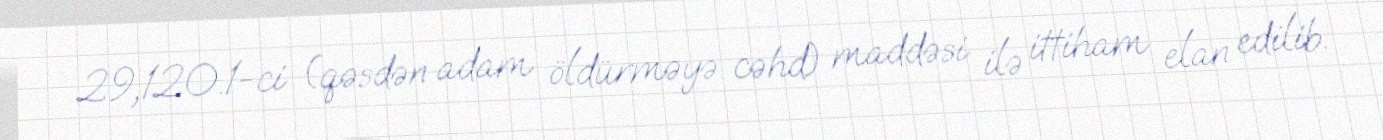
29,120.1-ci (qəsdən adam öldürməyə cəhd) maddəsi ilə ittiham elan edilib.